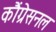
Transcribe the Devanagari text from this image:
कौंग्रेसनल